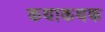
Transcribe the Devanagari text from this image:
कथाकथक